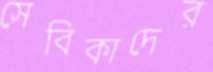
সেবিকাদের